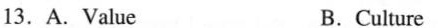
13.A.Value